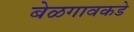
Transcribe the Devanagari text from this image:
बेळगावकडे